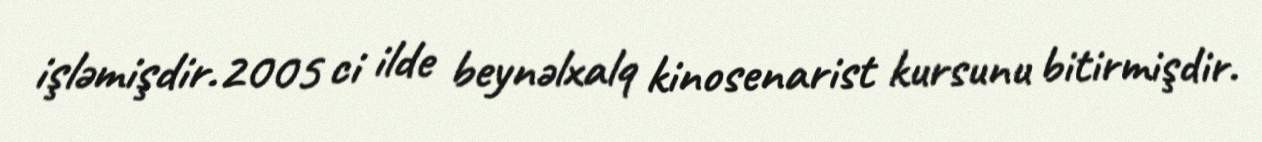
işləmişdir.2005 ci ilde beynəlxalq kinosenarist kursunu bitirmişdir.